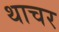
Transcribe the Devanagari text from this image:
थाचर